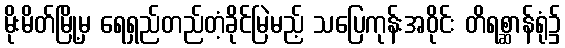
မိုးမိတ်မြို့မှ ရေရှည်တည်တံ့ခိုင်မြဲမည့် သပြေကုန်းအဝိုင်း တိရစ္ဆာန်ရုံ၌